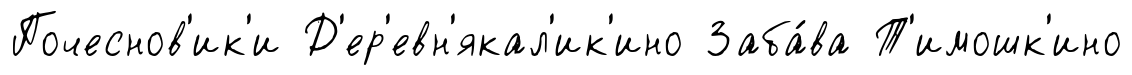
Почеснов'ик'и Д'ер'евн'якал'ик'ино Заба́ва Т'имошк'ино